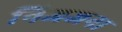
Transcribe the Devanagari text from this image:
निजजना